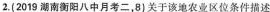
2.(2019湖南衡阳八中月考二，8)关于该地农业区位条件描述